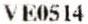
VE0514